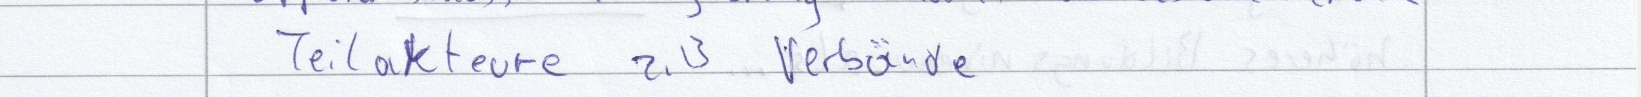
Teilakteure z.B Verbände